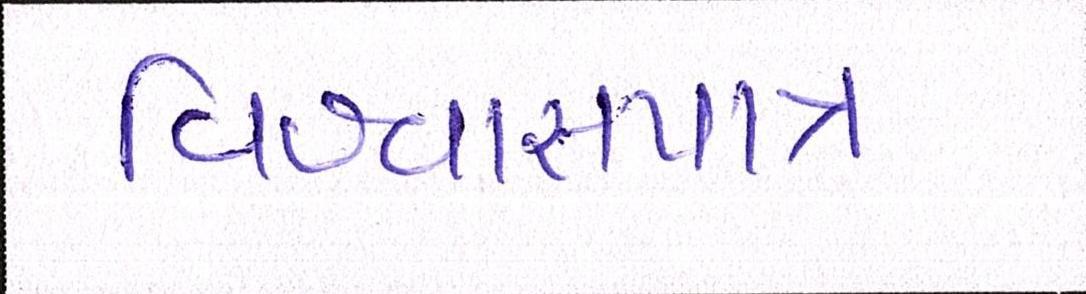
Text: વિશ્વાસપાત્ર